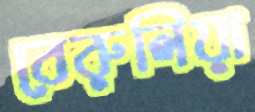
বেরুলিয়া